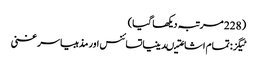
(228 مرتبہ دیکھا گیا)
ٹیگز: تمام اشاعتیںدینیاتسائنس اور مذہبیاسر غنی